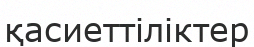
қасиеттіліктер